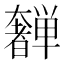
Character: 𫰂